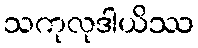
သကုလုဒါယိဿ